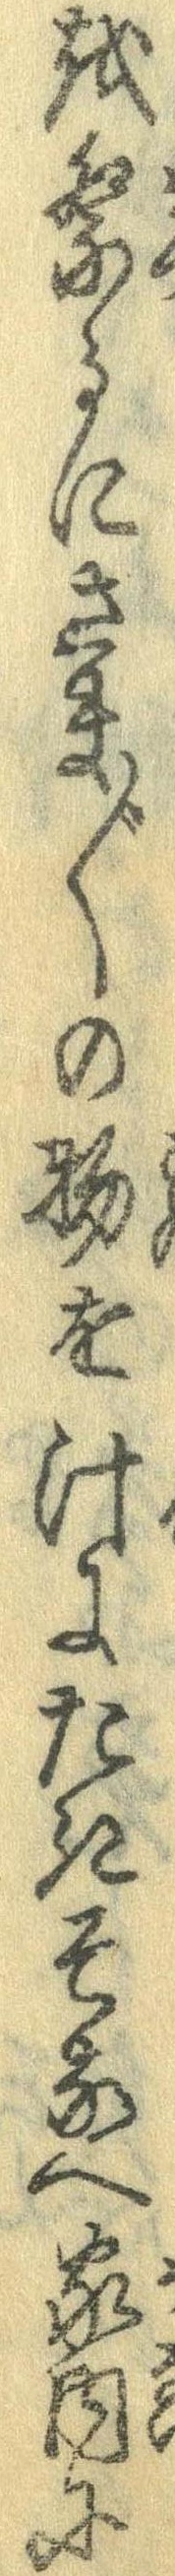
を祭るにさま〲の物を汁にたきそへ家内に